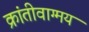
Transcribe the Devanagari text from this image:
क्रांतीवाग्मय